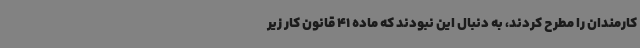
کارمندان را مطرح کردند، به دنبال این نبودند که ماده 41 قانون کار زیر